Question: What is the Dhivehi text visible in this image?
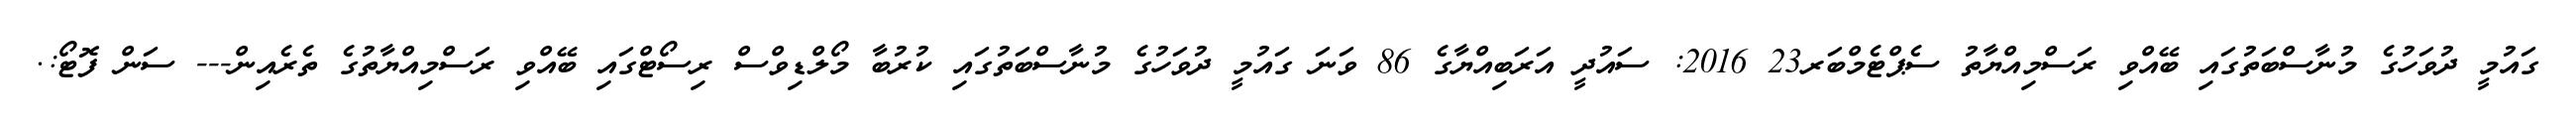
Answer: ގައުމީ ދުވަހުގެ މުނާސްބަތުގައި ބޭއްވި ރަސްމިއްޔާތު ސެޕްޓެމްބަރ23 2016: ސައުދީ އަރަބިއްޔާގެ 86 ވަނަ ގައުމީ ދުވަހުގެ މުނާސްބަތުގައި ކުރުބާ މޯލްޑިވްސް ރިސޯޓްގައި ބޭއްވި ރަސްމިއްޔާތުގެ ތެރެއިން--- ސަން ފޮޓޯ:.